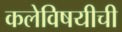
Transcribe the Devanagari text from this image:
कलेविषयीची